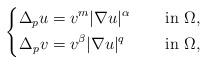
LaTeX: \begin{align*}\left\{\begin{aligned}\Delta_{p} u&=v^{m} |\nabla u|^{\alpha} &&\quad\mbox{ in } \Omega, \\\Delta_{p} v&=v^{\beta}|\nabla u|^q &&\quad\mbox{ in } \Omega,\end{aligned}\right.\end{align*}